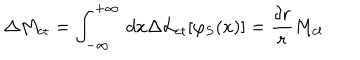
LaTeX: \Delta M _ { \mathrm { c t } } = \int _ { - \infty } ^ { + \infty } \, d x \Delta { \cal L } _ { \mathrm { c t } } [ \varphi _ { S } ( x ) ] = \frac { \delta r } { r } M _ { \mathrm { c l } }